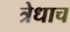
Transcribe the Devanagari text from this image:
त्रेधाच